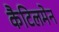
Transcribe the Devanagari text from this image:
कैटिलमेन